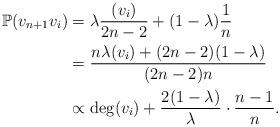
LaTeX: \begin{align*}\mathbb P (v_{n+1} v_i) &= \lambda \frac{(v_i)}{2n-2} + (1-\lambda)\frac{1}{n}\\&= \frac{n\lambda (v_i) + (2n-2)(1-\lambda)}{(2n-2)n}\\&\propto \deg(v_i) + \frac{2(1-\lambda)}{\lambda} \cdot \frac{n-1}{n}.\end{align*}